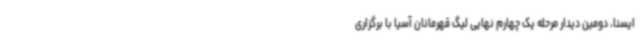
ایسنا، دومین دیدار مرحله یک چهارم نهایی لیگ قهرمانان آسیا با برگزاری